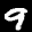
Label: 9